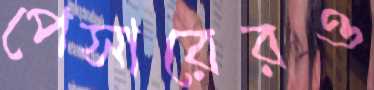
পেসারেরও